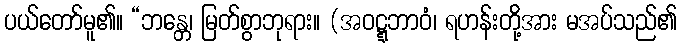
ပယ်တော်မူ၏။ “ဘန္တေ၊ မြတ်စွာဘုရား။ (အဝဋ္ဋဘာဝံ၊ ရဟန်းတို့အား မအပ်သည်၏